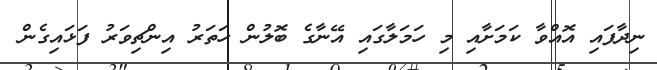
ނިދާފައި އޮއްވާ ކަމަށާއި މި ހަމަލާގައި އޭނާގެ ބޮލުން ހަތަރު އިންޗިވަރު ފަޅައިގެން